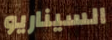
السيناريو